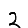
Digit: 2